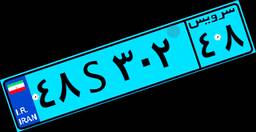
۴۸S۳۰۲۴۸